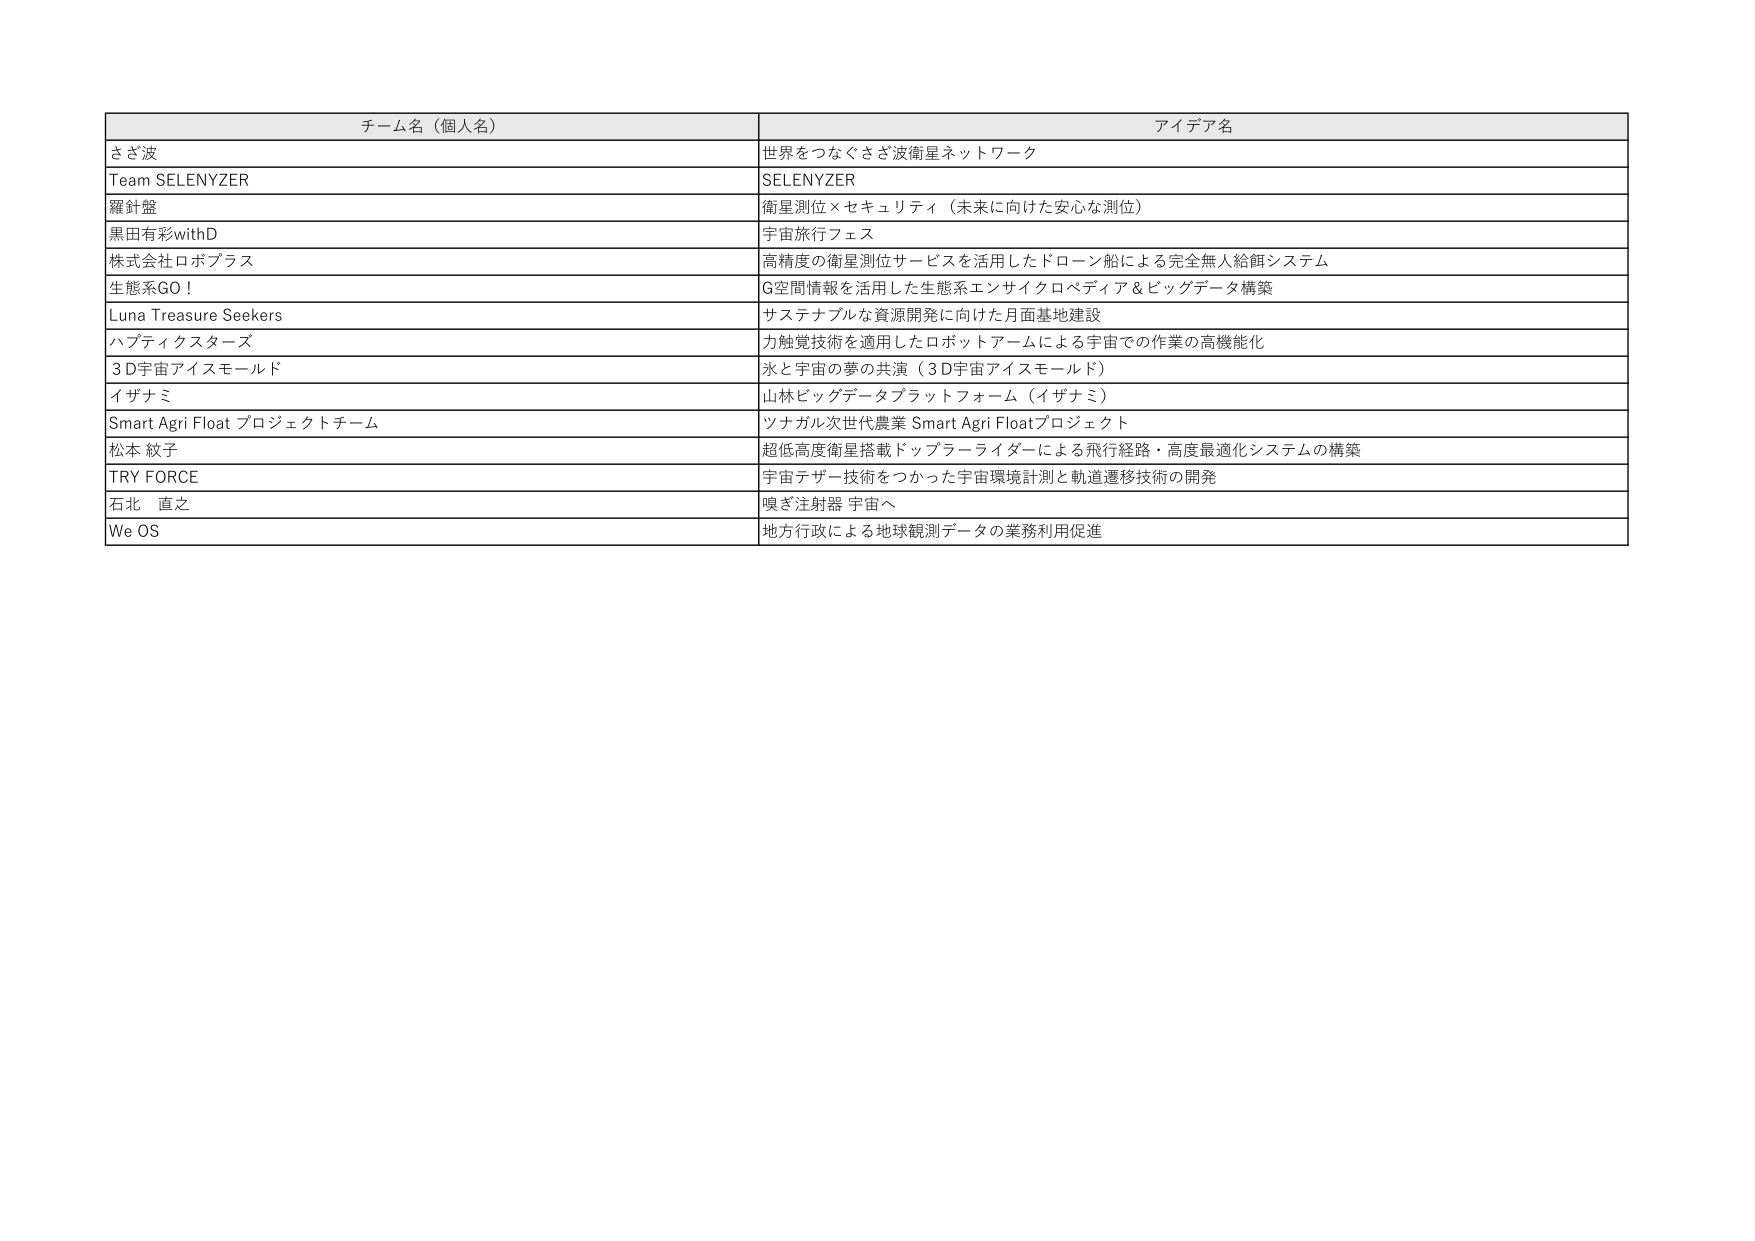
チーム名（個人名） アイデア名
さざ波 世界をつなぐさざ波衛星ネットワーク
Team SELENYZER SELENYZER
羅針盤 衛星測位×セキュリティ（未来に向けた安心な測位）
黒田有彩withD 宇宙旅行フェス
株式会社ロボプラス 高精度の衛星測位サービスを活用したドローン船による完全無人給餌システム
生態系GO！ G空間情報を活用した生態系エンサイクロペディア＆ビッグデータ構築
Luna Treasure Seekers サステナブルな資源開発に向けた月面基地建設
ハプティクスターズ 力触覚技術を適用したロボットアームによる宇宙での作業の高機能化
3D宇宙アイスモールド 氷と宇宙の夢の共演（3D宇宙アイスモールド）
イザナミ 山林ビッグデータプラットフォーム（イザナミ）
Smart Agri Float プロジェクトチーム ツナガル次世代農業 Smart Agri Floatプロジェクト
松本 紋子 超低高度衛星搭載ドップラーライダーによる飛行経路・高度最適化システムの構築
TRY FORCE 宇宙テザー技術をつかった宇宙環境計測と軌道遷移技術の開発
石北 直之 嗅ぎ注射器 宇宙へ
We OS 地方行政による地球観測データの業務利用促進